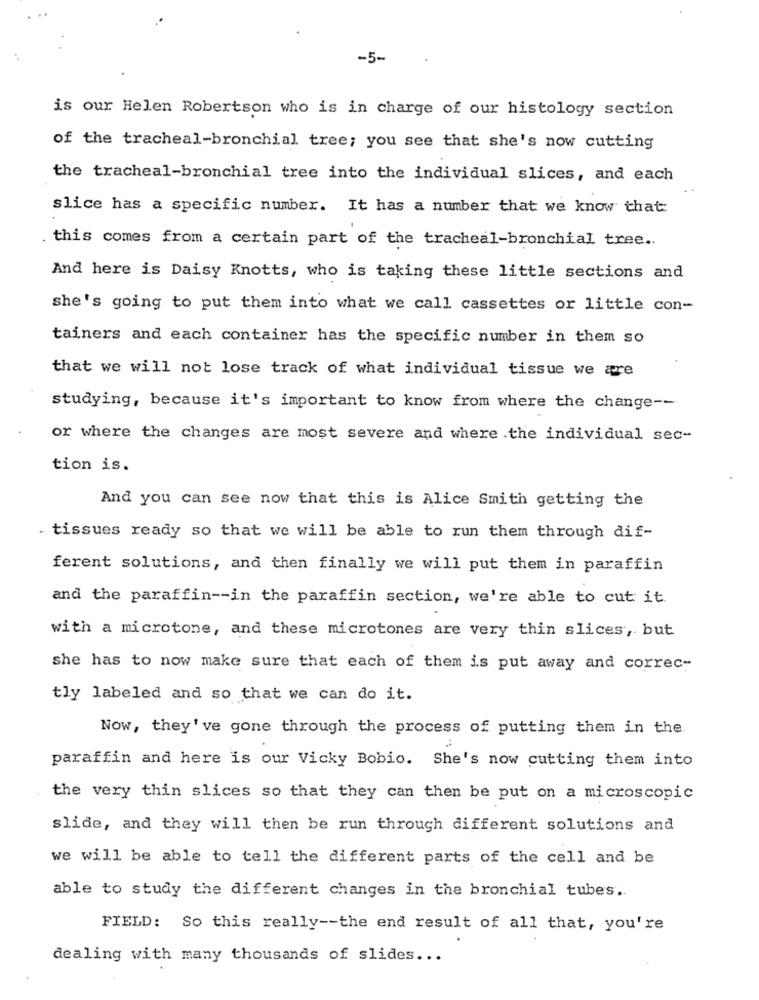
-5-
is our Helen Robertson who is in charge of our histology section
of the tracheal-bronchial tree; you see that she's now cutting
the tracheal-bronchial tree into the individual slices, and each
slice has a specific number. It has a number that we know that
. this comes from a certain part of the tracheal-bronchial tree ..
And here is Daisy Knotts, who is taking these little sections and
she's going to put them into what we call cassettes or little con-
tainers and each container has the specific number in them so
that we will not lose track of what individual tissue we are
studying, because it's important to know from where the change --
or where the changes are most severe and where the individual sec-
tion is.
And you can see now that this is Alice Smith getting the
. tissues ready so that we will be able to run them through dif-
ferent solutions, and then finally we will put them in paraffin
and the paraffin -- in the paraffin section, we're able to cut it.
with a microtone, and these microtones are very thin slices, but
she has to now make sure that each of them is put away and correc-
tly labeled and so that we can do it.
Now, they' ve gone through the process of putting them in the
paraffin and here is our Vicky Bobio. She's now cutting them into
the very thin slices so that they can then be put on a microscopic
slide, and they will then be run through different solutions and
we will be able to tell the different parts of the cell and be
able to study the different changes in the bronchial tubes ..
FIELD: So this really -- the end result of all that, you're
dealing with many thousands of slides ...